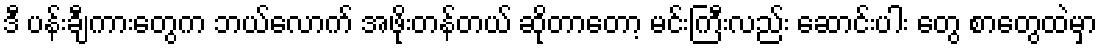
ဒီ ပန်းချီကားတွေက ဘယ်လောက် အဖိုးတန်တယ် ဆိုတာတော့ မင်းကြီးလည်း ဆောင်းပါး တွေ စာတွေထဲမှာ